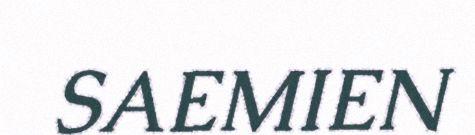
SAEMIEN